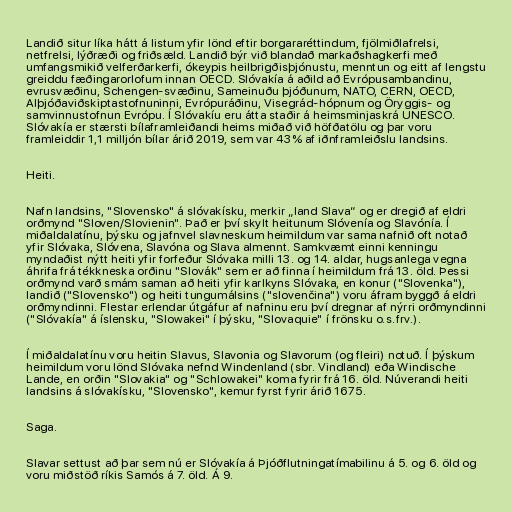
Landið situr líka hátt á listum yfir lönd eftir borgararéttindum, fjölmiðlafrelsi,
netfrelsi, lýðræði og friðsæld. Landið býr við blandað markaðshagkerfi með
umfangsmikið velferðarkerfi, ókeypis heilbrigðisþjónustu, menntun og eitt af lengstu
greiddu fæðingarorlofum innan OECD. Slóvakía á aðild að Evrópusambandinu,
evrusvæðinu, Schengen-svæðinu, Sameinuðu þjóðunum, NATO, CERN, OECD,
Alþjóðaviðskiptastofnuninni, Evrópuráðinu, Visegrád-hópnum og Öryggis- og
samvinnustofnun Evrópu. Í Slóvakíu eru átta staðir á heimsminjaskrá UNESCO.
Slóvakía er stærsti bílaframleiðandi heims miðað við höfðatölu og þar voru
framleiddir 1,1 milljón bílar árið 2019, sem var 43% af iðnframleiðslu landsins.

Heiti.

Nafn landsins, "Slovensko" á slóvakísku, merkir „land Slava“ og er dregið af eldri
orðmynd "Sloven/Slovienin". Það er því skylt heitunum Slóvenía og Slavónía. Í
miðaldalatínu, þýsku og jafnvel slavneskum heimildum var sama nafnið oft notað
yfir Slóvaka, Slóvena, Slavóna og Slava almennt. Samkvæmt einni kenningu
myndaðist nýtt heiti yfir forfeður Slóvaka milli 13. og 14. aldar, hugsanlega vegna
áhrifa frá tékkneska orðinu "Slovák" sem er að finna í heimildum frá 13. öld. Þessi
orðmynd varð smám saman að heiti yfir karlkyns Slóvaka, en konur ("Slovenka"),
landið ("Slovensko") og heiti tungumálsins ("slovenčina") voru áfram byggð á eldri
orðmyndinni. Flestar erlendar útgáfur af nafninu eru því dregnar af nýrri orðmyndinni
("Slóvakía" á íslensku, "Slowakei" í þýsku, "Slovaquie" í frönsku o.s.frv.).

Í miðaldalatínu voru heitin Slavus, Slavonia og Slavorum (og fleiri) notuð. Í þýskum
heimildum voru lönd Slóvaka nefnd Windenland (sbr. Vindland) eða Windische
Lande, en orðin "Slovakia" og "Schlowakei" koma fyrir frá 16. öld. Núverandi heiti
landsins á slóvakísku, "Slovensko", kemur fyrst fyrir árið 1675.

Saga.

Slavar settust að þar sem nú er Slóvakía á Þjóðflutningatímabilinu á 5. og 6. öld og
voru miðstöð ríkis Samós á 7. öld. Á 9.